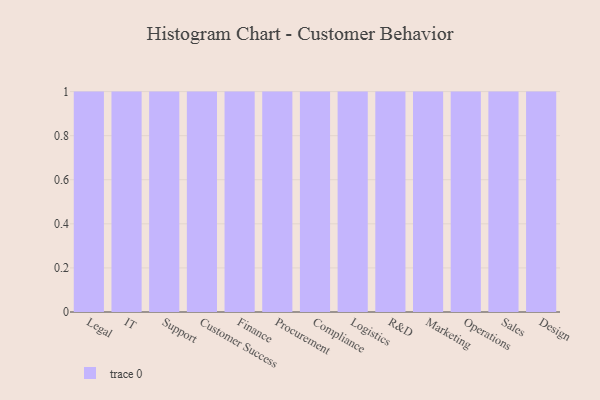
{"axis": {"x": "Department", "y": "Shipments"}, "legend": [""], "data": [{"x": "Legal", "y": 28, "type": ""}, {"x": "IT", "y": 38, "type": ""}, {"x": "Support", "y": 75, "type": ""}, {"x": "Customer Success", "y": 59, "type": ""}, {"x": "Finance", "y": 36, "type": ""}, {"x": "Procurement", "y": 24, "type": ""}, {"x": "Compliance", "y": 27, "type": ""}, {"x": "Logistics", "y": 84, "type": ""}, {"x": "R&D", "y": 22, "type": ""}, {"x": "Marketing", "y": 28, "type": ""}, {"x": "Operations", "y": 36, "type": ""}, {"x": "Sales", "y": 39, "type": ""}, {"x": "Design", "y": 4, "type": ""}]}